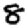
Digit: 8